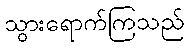
သွားရောက်ကြသည်